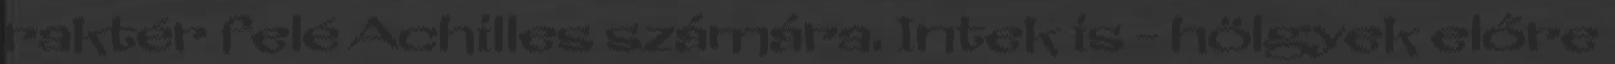
raktér felé Achilles számára. Intek is - hölgyek előre